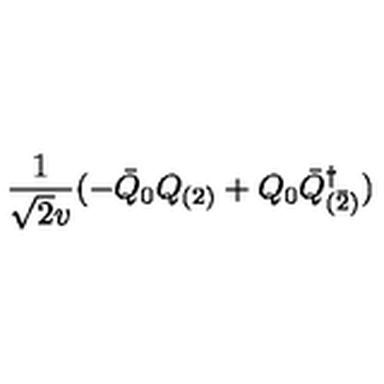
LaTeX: \frac { 1 } { \sqrt { 2 } v } ( - \bar { Q } _ { 0 } Q _ { ( 2 ) } + Q _ { 0 } \bar { Q } _ { ( \bar { 2 } ) } ^ { \dagger } )